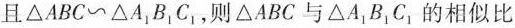
且△ABC~△A_{1}B_{1}C_{1}，则△ABC与△A_{1}B_{1}C_{1}的相似比